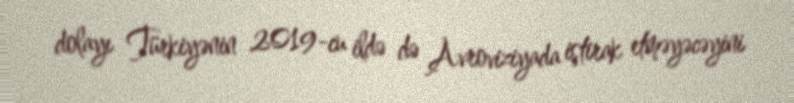
dolayı Türkiyənin 2019-cu ildə də Avroviziyada iştirak etməyəcəyini